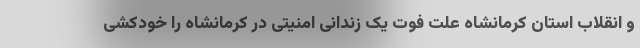
و انقلاب استان کرمانشاه علت فوت یک زندانی امنیتی در کرمانشاه را خودکشی